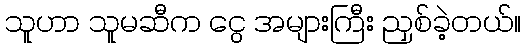
သူဟာ သူမဆီက ငွေ အများကြီး ညှစ်ခဲ့တယ်။